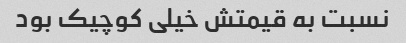
نسبت به قیمتش خیلی کوچیک بود